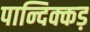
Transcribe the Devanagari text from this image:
पान्दिक्कड़